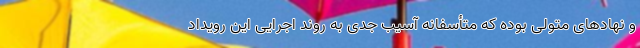
و نهادهای متولی بوده که متأسفانه آسیب جدی به روند اجرایی این رویداد